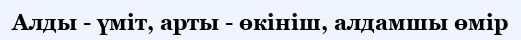
Алды - үміт, арты - өкініш, алдамшы өмір